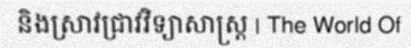
និងស្រាវជ្រាវវិទ្យាសាស្ត្រ | The World Of